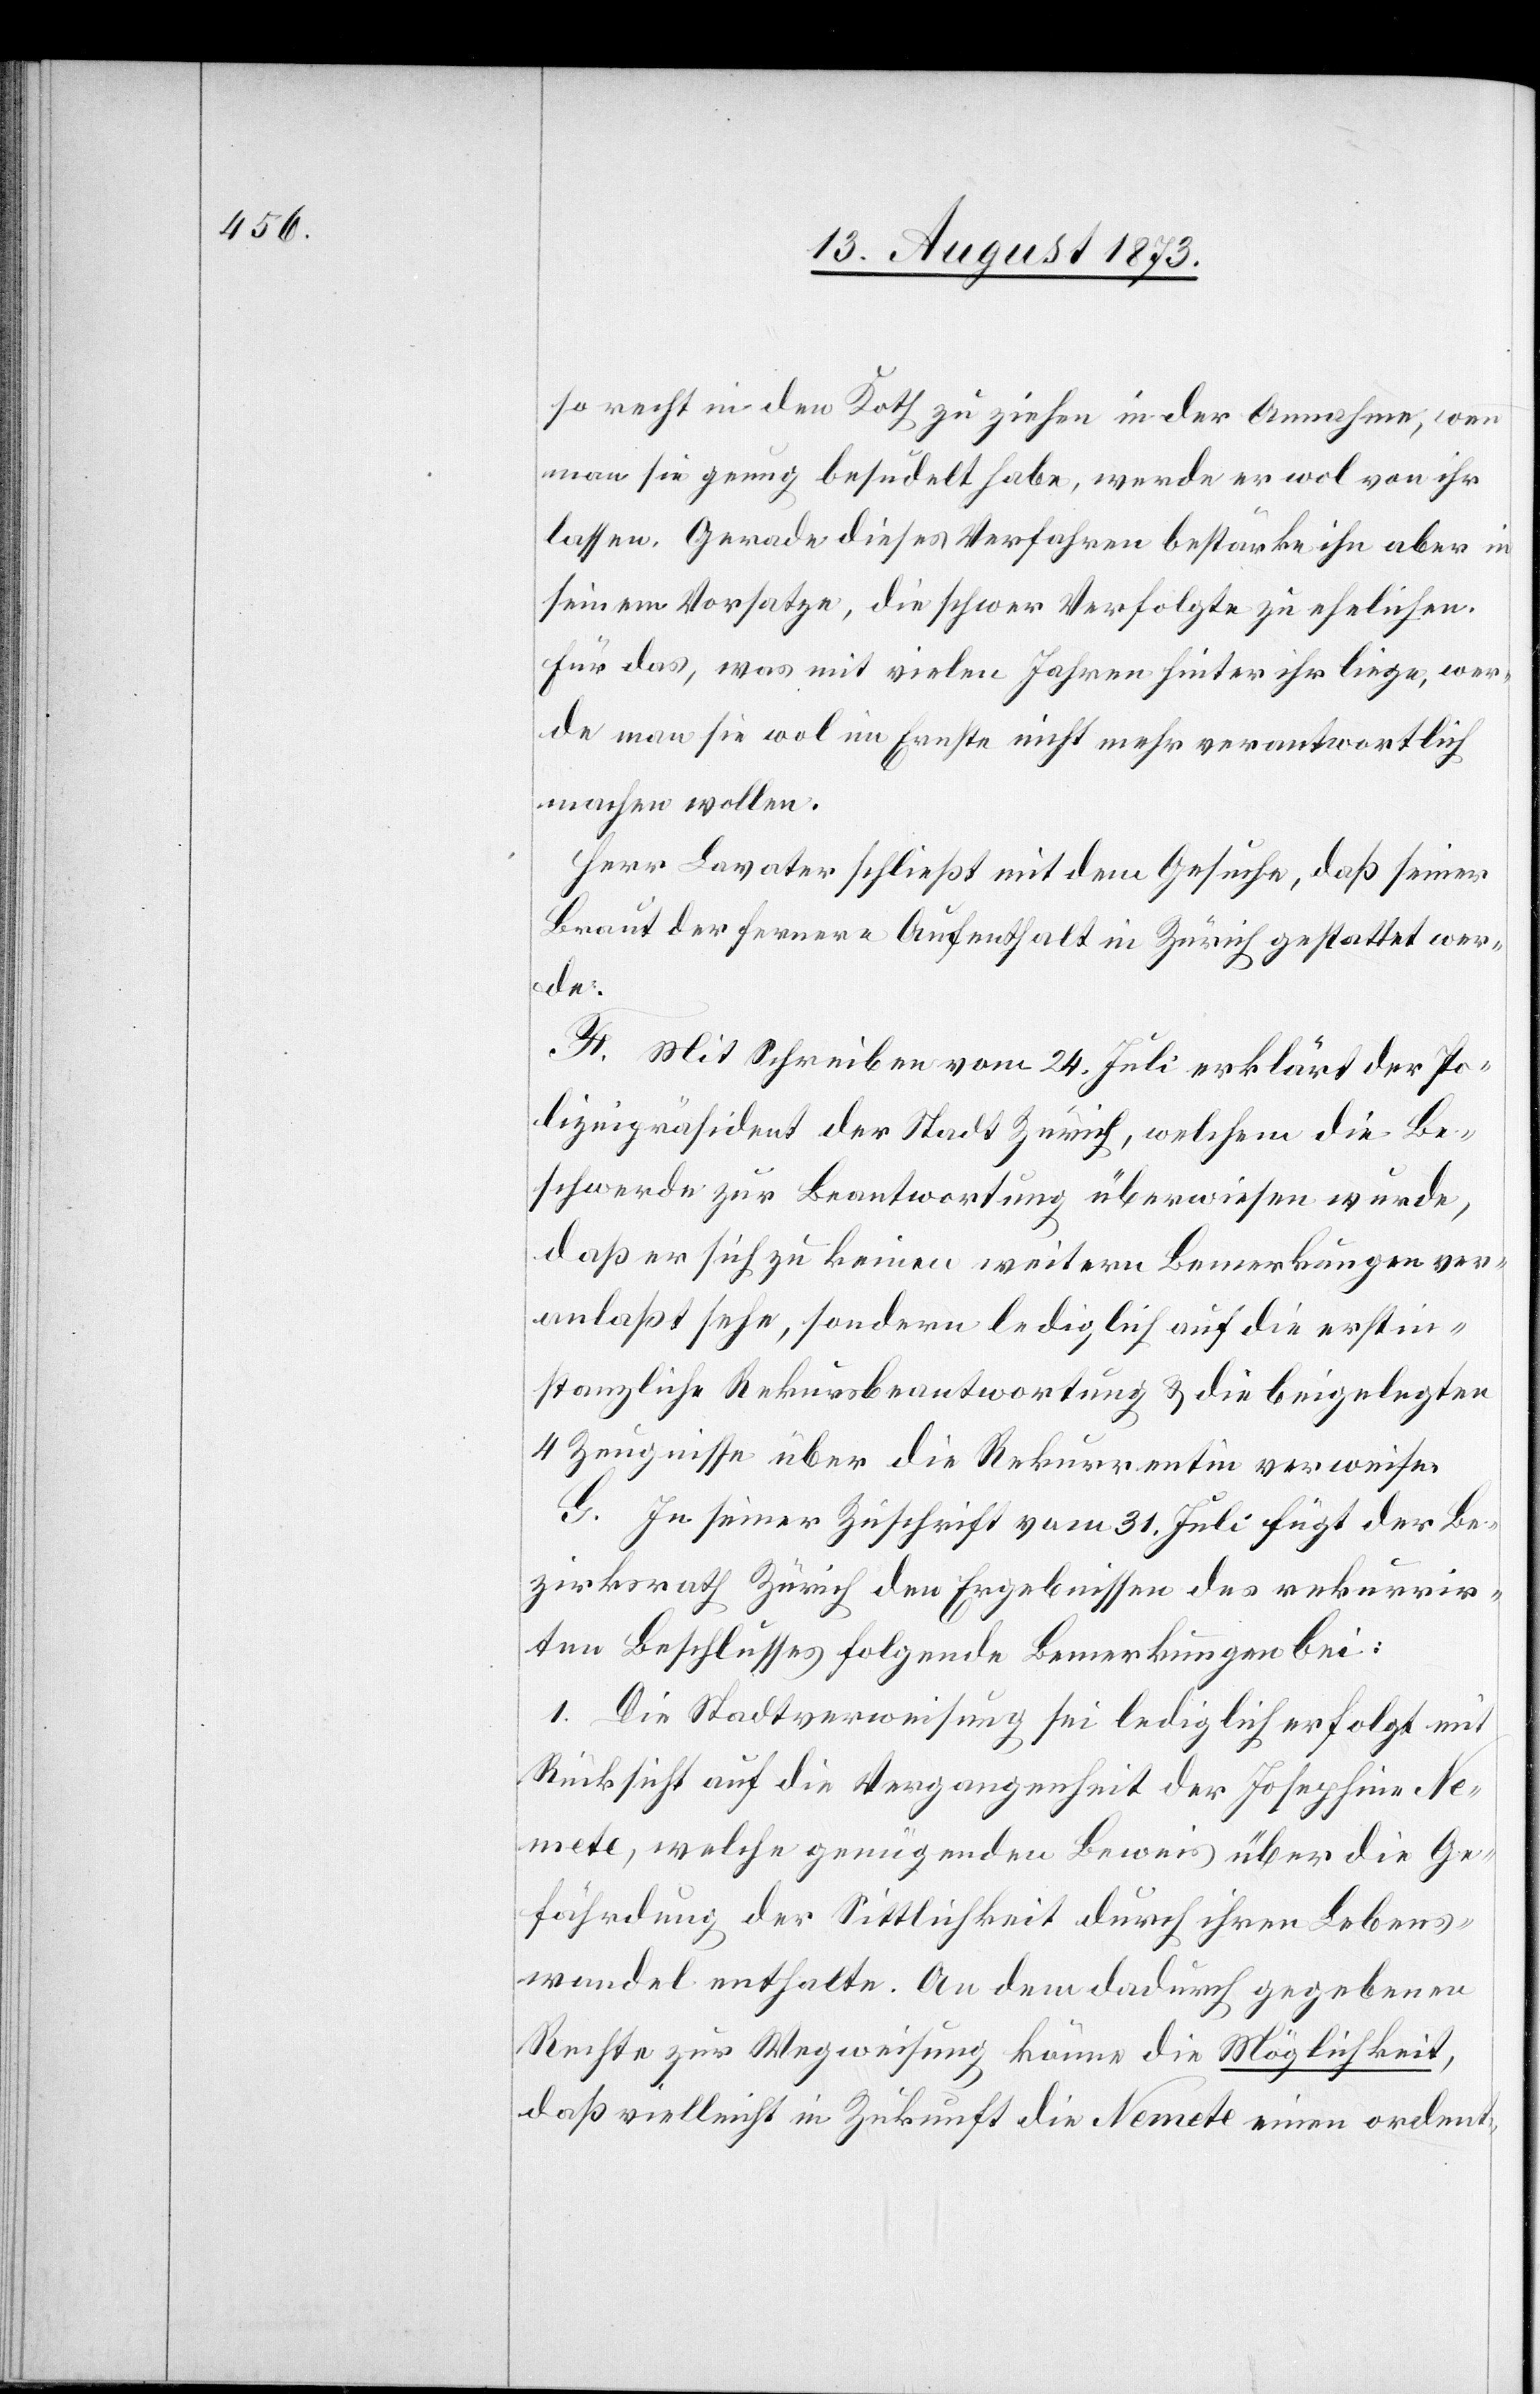
so recht in den Koth zu ziehen in der Annahme, wenn
man sie genug besudelt habe, werde er wol von ihr
lassen. Gerade dieses Verfahren bestärke ihn aber in
seinem Vorsatze, die schwer Verfolgte zu ehelichen.
Für das, was mit vielen Jahren hinter ihr liege, wer¬
de man sie wol im Ernste nicht mehr verantwortlich
machen wollen.
Herr Lavater schließt mit dem Gesuche, daß seiner
Braut der fernere Aufenthalt in Zürich gestattet wer¬
de.
F. Mit Schreiben vom 24. Juli erklärt der Po¬
lizeipräsident der Stadt Zürich, welchem die Be¬
schwerde zur Beantwortung überwiesen wurde,
daß er sich zu keinen weitern Bemerkungen ver¬
anlaßt sehe, sondern lediglich auf die erstin¬
stanzliche Rekursbeantwortung & die beigelegten
4 Zeugnisse über die Rekurrentin verweise.
G. In seiner Zuschrift vom 31. Juli fügt der Be¬
zirksrath Zürich den Ergebnissen des rekurrir¬
ten Beschlusses folgende Bemerkungen bei:
1. Die Stadtverweisung sei lediglich erfolgt mit
Rücksicht auf die Vergangenheit der Josephine Ne¬
mete, welche genügenden Beweis über die Ge¬
fährdung der Sittlichkeit durch ihren Lebens¬
wandel enthalte. An dem dadurch gegebenen
Rechte zur Wegweisung könne die Möglichkeit,
daß vielleicht in Zukunft die Nemete einen ordent-